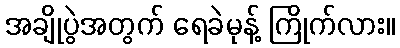
အချိုပွဲအတွက် ရေခဲမုန့် ကြိုက်လား။